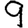
Digit: 9